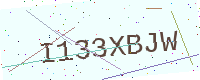
Text: I133XBJW